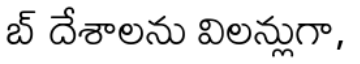
బ్ దేశాలను విలన్లుగా,